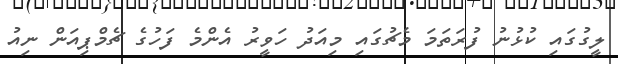
ލީގުގައި ކުޅުނު ފުރަތަމަ މެޗުގައި މިއަދު ހަވީރު އެންމެ ފަހުގެ ޗެމްޕިއަން ނިއު